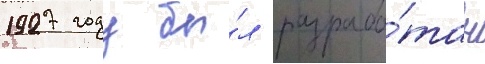
1927 году бы́л разрабо́тан